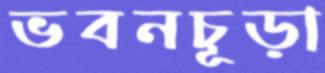
ভবনচূড়া